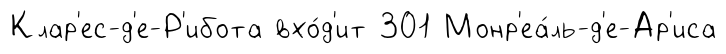
Клар'ес-д'е-Р'ибота вхо́д'ит 301 Монр'еа́ль-д'е-Ар'иса